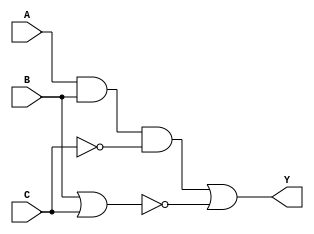
// Ecuacin a implementar: Y = (A * B * C') + (B + C)';

module gateLevel(input wire A, B, C, output wire Y);

  wire notC, w2, w3, w4;

  not (notC, C);
  and (w2, A, B, notC);
  or  (w3, B, C);
  not (w4, w3);
  or  (Y, w2, w4);

endmodule

// Funcin a implementar: Y = (A * B' * C) + (B + C)'

module operadores(input wire A, B, C, output wire Y);

  assign Y = (A & ~B & C) | ~(B | C);

endmodule